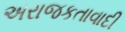
અરાજકતાવાદી